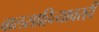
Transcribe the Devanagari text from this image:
बालसाहित्यावरही